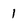
Character: 1